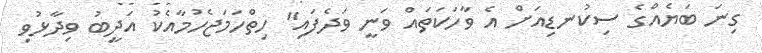
ގިނަ ބަޔެއްގެ ސިކުނޑިއަށް އެ ވާހަކަތައް ވަނީ ވަދެފައި" ހިތްހަމަޖެހުމާއެކު އަދީބު ވިދާޅުވި